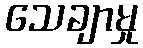
သေချာမှု